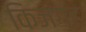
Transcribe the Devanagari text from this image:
किजगह